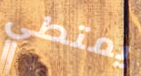
يمتطي